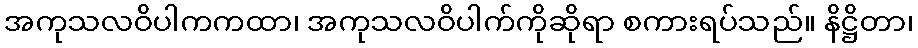
အကုသလဝိပါကကထာ၊ အကုသလဝိပါက်ကိုဆိုရာ စကားရပ်သည်။ နိဋ္ဌိတာ၊